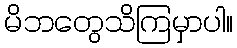
မိဘတွေသိကြမှာပါ။